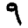
Digit: 9